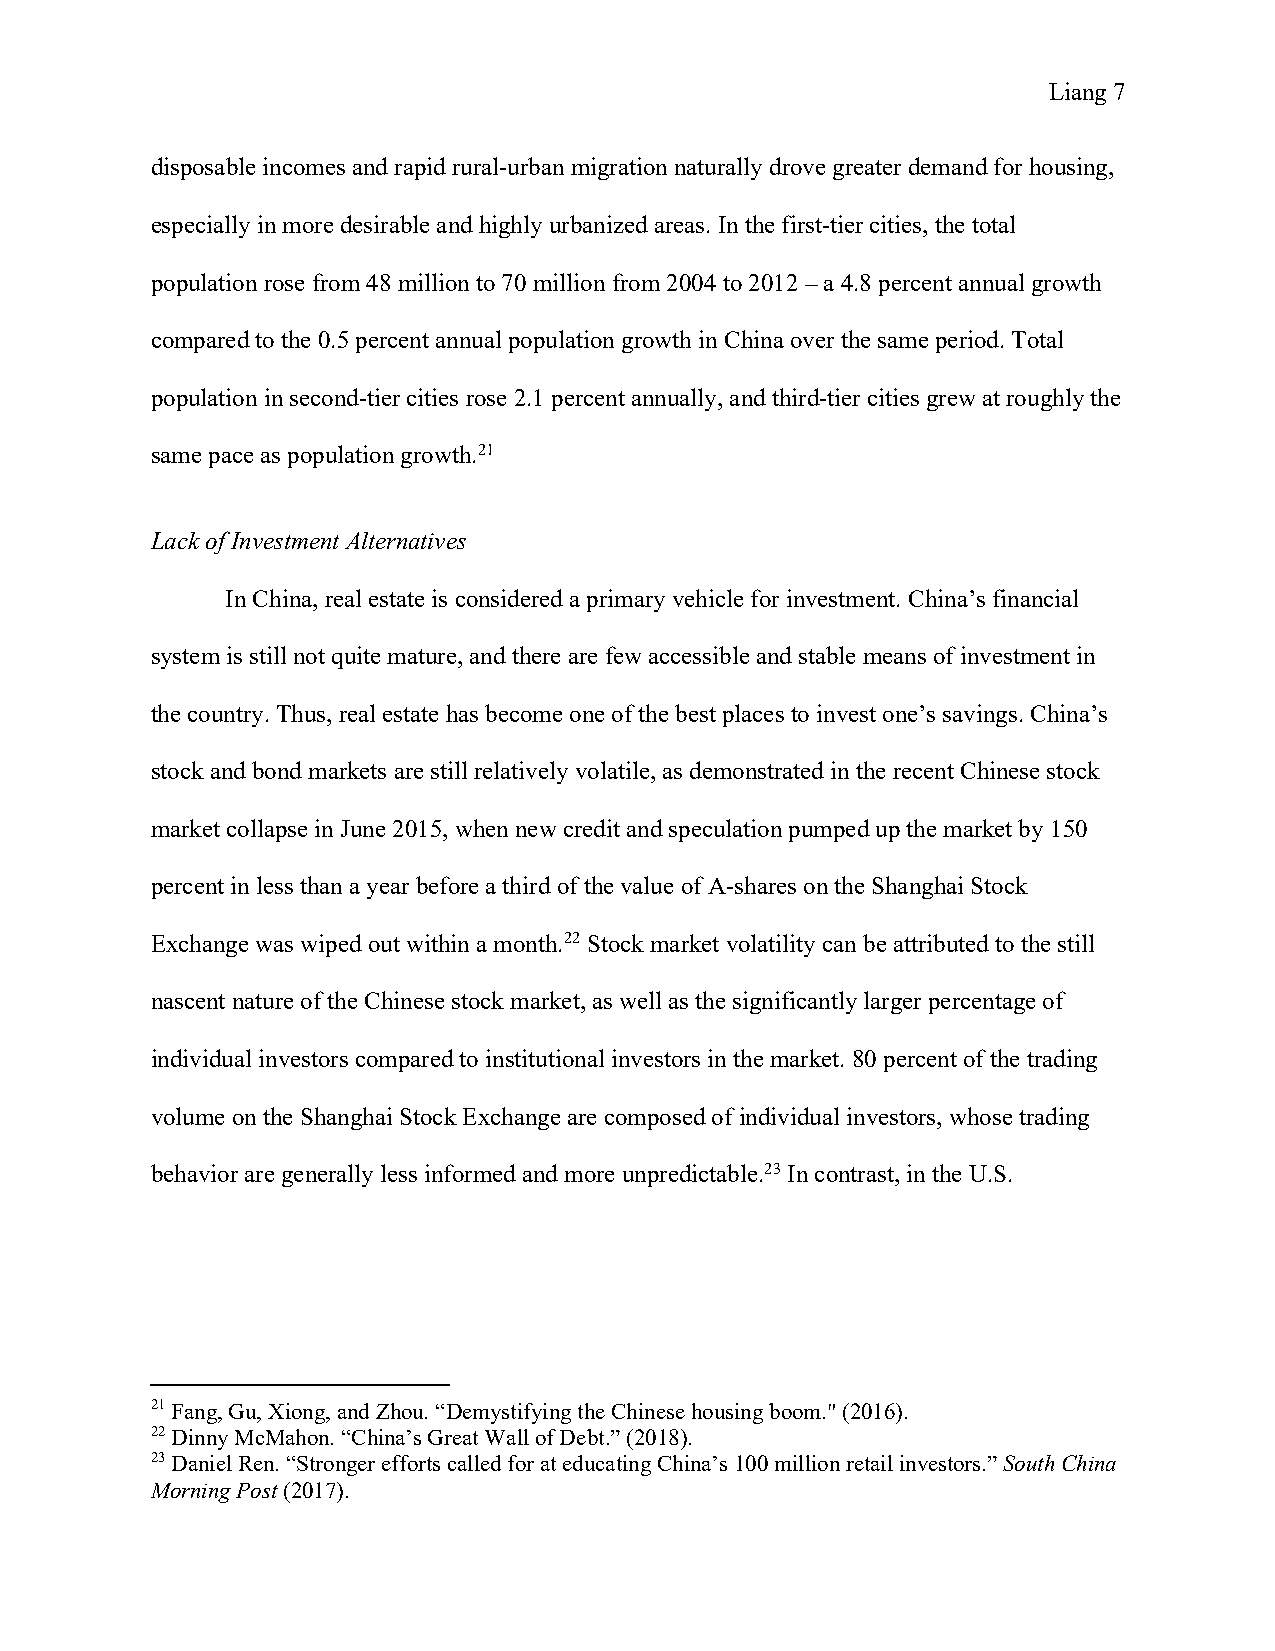
Lian g 7
 disposable incomes and rapid rural-urban migration naturally drove greater demand for housing,
 especially in more desirable and highly urbanized areas. In the first-tier cities, the total
 population rose from 48 million to 70 million from 2004 to 2012 – a 4.8 percent annual growth
 compared to the 0.5 percent annual population growth in China over the same period. Total
 population in second-tier cities rose 2.1 percent annually, and third-tier cities grew at roughly the
 same pace as population growth.21
 Lack of Investment Alternatives
 In China, real estate is considered a primary vehicle for investment. China’s financial
 system is still not quite mature, and there are few accessible and stable means of investment in
 the country. Thus, real estate has become one of the best places to invest one’s savings. China’s
 stock and bond markets are still relatively volatile, as demonstrated in the recent Chinese stock
 market collapse in June 2015, when new credit and speculation pumped up the market by 150
 percent in less than a year before a third of the value of A-shares on the Shanghai Stock
 Exchange was wiped out within a month.22 Stock market volatility can be attributed to the still
 nascent nature of the Chinese stock market, as well as the significantly larger percentage of
 individual investors compared to institutional investors in the market. 80 percent of the trading
 volume on the Shanghai Stock Exchange are composed of individual investors, whose trading
 behavior are generally less informed and more unpredictable.23 In contrast, in the U.S.
 21 Fang, Gu, Xiong, and Zhou. “Demystifying the Chinese housing boom." (2016).
 22 Dinny McMahon. “China’s Great Wall of Debt.” (2018).
 23 Daniel Ren. “Stronger efforts called for at educating China’s 100 million retail investors.” South China
 Morning Post (2017).